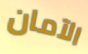
الآمان